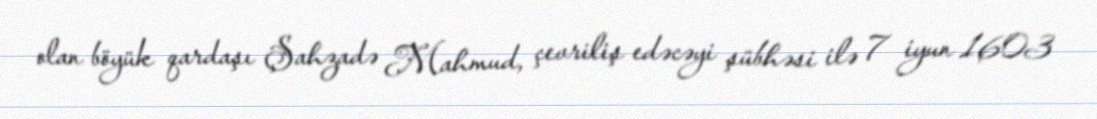
olan böyük qardaşı Şahzadə Mahmud, çevriliş edəcəyi şübhəsi ilə 7 iyun 1603